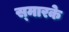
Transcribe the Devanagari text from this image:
स्‍मारके